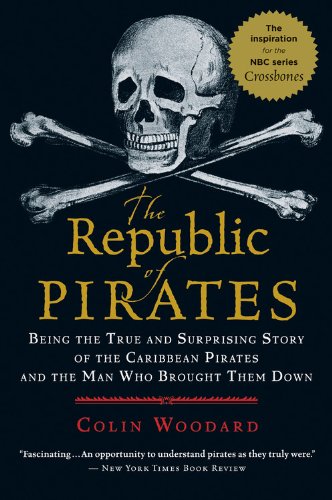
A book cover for The Republic of Pirates: Being the True and Surprising Story of the Caribbean Pirates and the Man Who Brought Them Down; Colin Woodard; Engineering & Transportation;